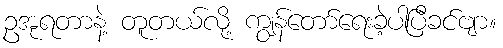
ဥအုရတာနဲ့ တူတယ်လို့ ကျွန်တော်ရေးခဲ့ပါပြီခင်ဗျာ။